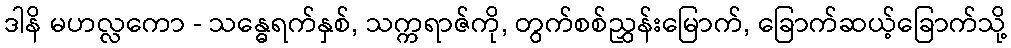
ဒါနိ မဟလ္လကော - သန္ဓေရက်နှစ်, သက္ကရာဇ်ကို, တွက်စစ်ညွှန်းမြောက်, ခြောက်ဆယ့်ခြောက်သို့